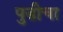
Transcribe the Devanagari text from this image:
पुडीचा